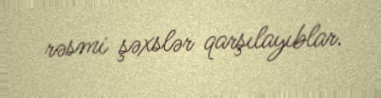
rəsmi şəxslər qarşılayıblar.